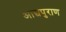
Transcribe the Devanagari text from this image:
आद्यपुराण